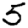
Digit: 5